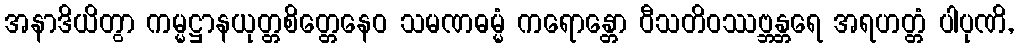
အနာဒိယိတွာ ကမ္မဋ္ဌာနယုတ္တစိတ္တေနေဝ သမဏဓမ္မံ ကရောန္တော ဝီသတိဝဿဗ္ဘန္တရေ အရဟတ္တံ ပါပုဏိ,